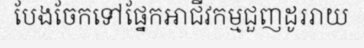
បែងចែកទៅផ្នែកអាជីវកម្មជួញដូររាយ